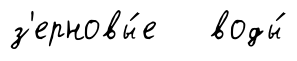
з'ерновы́е воды́